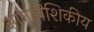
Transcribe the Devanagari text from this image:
आनुवांशिकीय